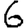
Digit: 6